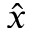
\hat { x }